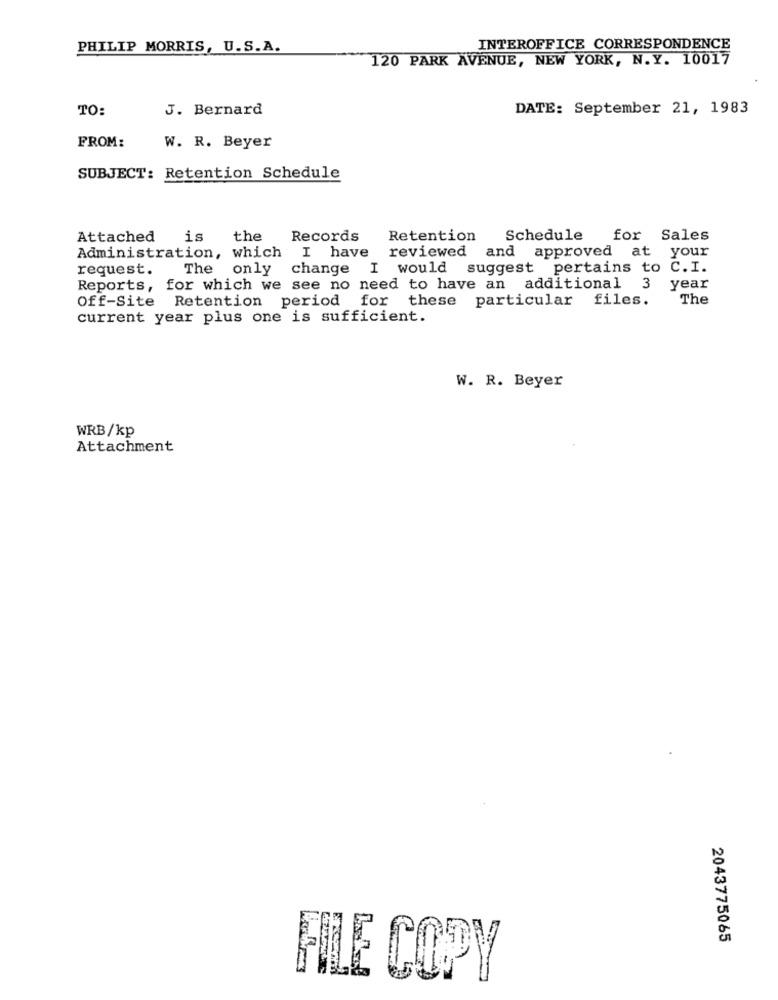
PHILIP MORRIS, U.S.A.
INTEROFFICE CORRESPONDENCE
120 PARK AVENUE, NEW YORK, N.Y. 10017
TO:
J. Bernard
DATE: September 21, 1983
FROM:
W. R. Beyer
SUBJECT: Retention Schedule
Attached
is
the
Records
Retention
Schedule
for Sales
I have reviewed and approved at your
Administration, which
request.
The only change I would suggest pertains to C. I.
Reports, for which we see no need to have an additional 3
year
Off-Site Retention period for these particular files.
The
current year plus one is sufficient.
W. R. Beyer
WRB/kp
Attachment
2043775065
FILE COPY